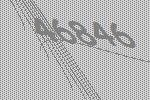
46846